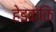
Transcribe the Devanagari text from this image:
हेइक्कि